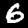
Digit: 6